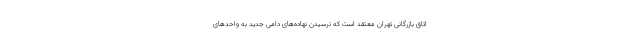
اتاق بازرگانی تهران معتقد است که نرسیدن نهاده‌های دامی جدید به واحدهای